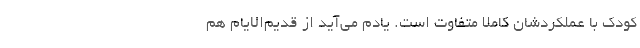
کودک با عملکردشان کاملاً متفاوت است. یادم می‌آید از قدیم‌الایّام هم